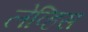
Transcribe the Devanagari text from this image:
लेव्हिस